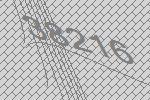
38216